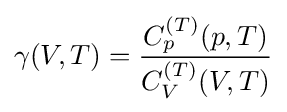
\gamma (V,T)={\frac {C_{p}^{(T)}(p,T)}{C_{V}^{(T)}(V,T)}}